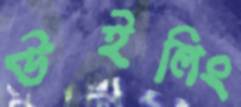
উইলিং